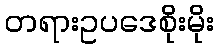
တရားဥပဒေစိုးမိုး